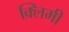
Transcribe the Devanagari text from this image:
क्लिमी